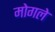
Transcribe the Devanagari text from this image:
मोगले